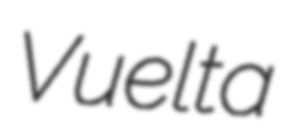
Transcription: Vuelta